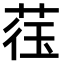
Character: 𫈙